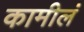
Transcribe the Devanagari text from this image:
कामीलं